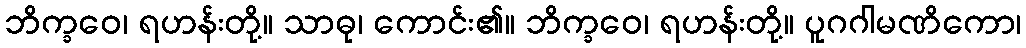
ဘိက္ခဝေ၊ ရဟန်းတို့။ သာဓု၊ ကောင်း၏။ ဘိက္ခဝေ၊ ရဟန်းတို့။ ပူဂဂါမဏိကော၊